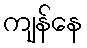
ကျန်နေ